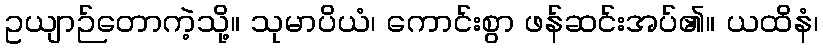
ဥယျာဉ်တောကဲ့သို့။ သုမာပိယံ၊ ကောင်းစွာ ဖန်ဆင်းအပ်၏။ ယထိနံ၊